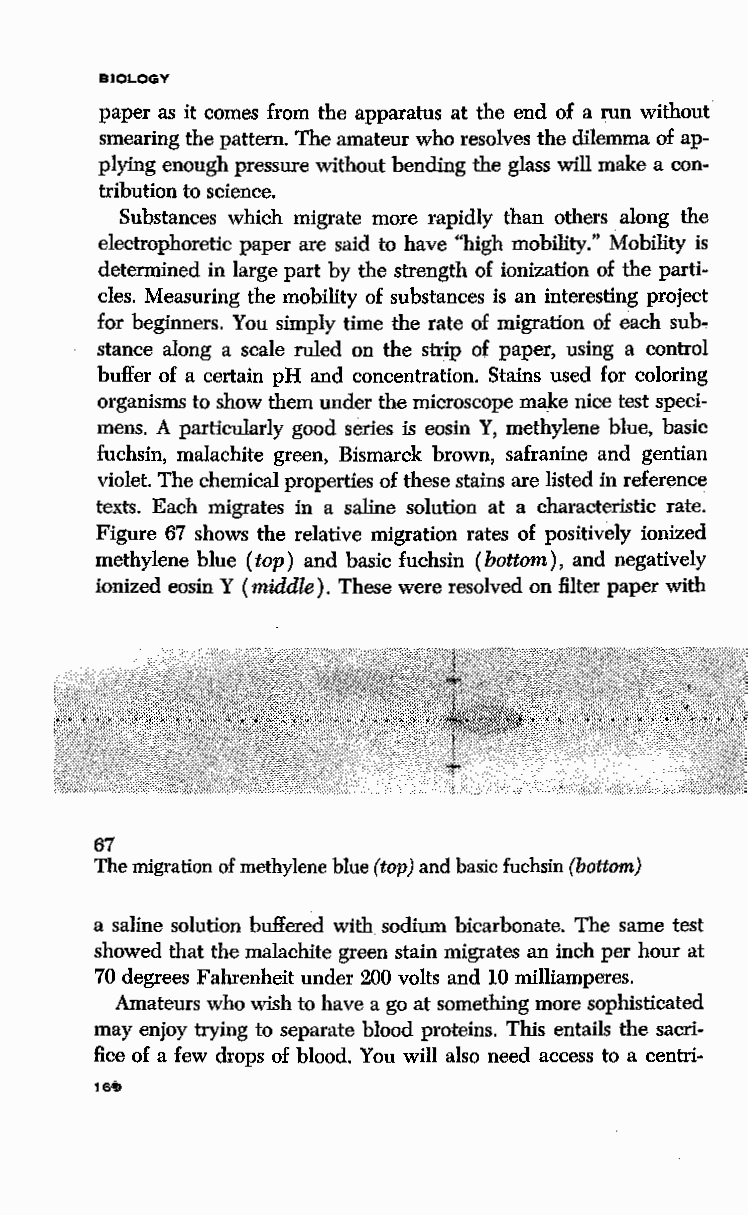
BIOLOGY
 paper as it comes from the apparatus at the end of a run without
 smearing the pattern. The amateur who resolves the dilemma of ap
 plying enough pressure without bending the glass will make a con
 tribution to science.
 Substances which migrate more rapidly than others along the
 electrophoretic paper are said to have "high mobility." Mobility is
 determined in large part by the strength of ionization of the parti
 cles. Measuring the mobility of substances is an interesting project
 for beginners. You simply time the rate of migration of each sub
 stance along a scale ruled on the strip of paper, using a control
 buffer of a certain pH and concentration. Stains used for coloring
 organisms to show them under the microscope make nice test speci
 mens. A particularly good series is eosin Y, methylene blue, basic
 fuchsin, malachite green, Bismarck brown, safranine and gentian
 violet. The chemical properties of these stains are listed in reference
 texts. Each migrates in a saline solution at a characteristic rate.
 Figure 67 shows the relative migration rates of positively ionized
 methylene blue (top) and basic fuchsin (bottom), and negatively
 ionized eosin Y (middle). These were resolved on filter paper with
 67
 The migration of methylene blue (top) and basic fuchsin (bottom)
 a saline solution buffered with sodium bicarbonate. The same test
 showed that the malachite green stain migrates an inch per hour at
 70 degrees Fahrenheit under 200 volts and 10 milliamperes.
 Amateurs who wish to have a go at something more sophisticated
 may enjoy trying to separate blood proteins. This entails the sacri
 fice of a few drops of blood. You will also need access to a centri-
 1&41